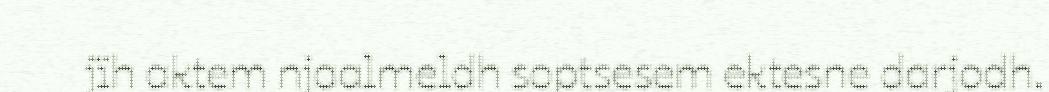
jïh aktem njaalmeldh soptsesem ektesne darjodh.